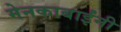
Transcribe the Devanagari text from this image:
मेनकाबाईंनी